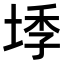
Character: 𭎰